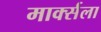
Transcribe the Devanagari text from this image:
मार्क्‍सला